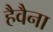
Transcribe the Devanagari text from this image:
हैवैना